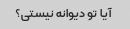
آیا تو دیوانه نیستی؟